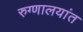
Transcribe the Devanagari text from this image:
रुग्णालयांत